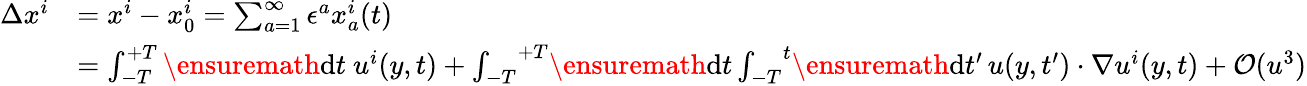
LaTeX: \begin{array}{rl}{\Delta x^{i}}&{=x^{i}-x_{0}^{i}=\sum_{a=1}^{\infty}\epsilon^{a}x_{a}^{i}(t)}\\ &{=\int_{-T}^{+T}\ensuremath{\operatorname{d}\! t\ u^{i}(y,t)+\int_{-T}}^{+T}\ensuremath{\operatorname{d}\! t\int_{-T}}^{t}\ensuremath{\operatorname{d}\! t^{\prime}\, u(y,t^{\prime})\cdot\nabla u^{i}}(y,t)+\mathcal{O}(u^{3})}\end{array}